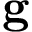
\mathbf { \vec { g } }